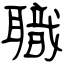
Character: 職